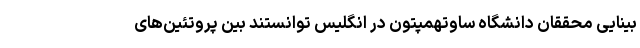
بینایی محققان دانشگاه ساوتهمپتون در انگلیس توانستند بین پروتئین‌های